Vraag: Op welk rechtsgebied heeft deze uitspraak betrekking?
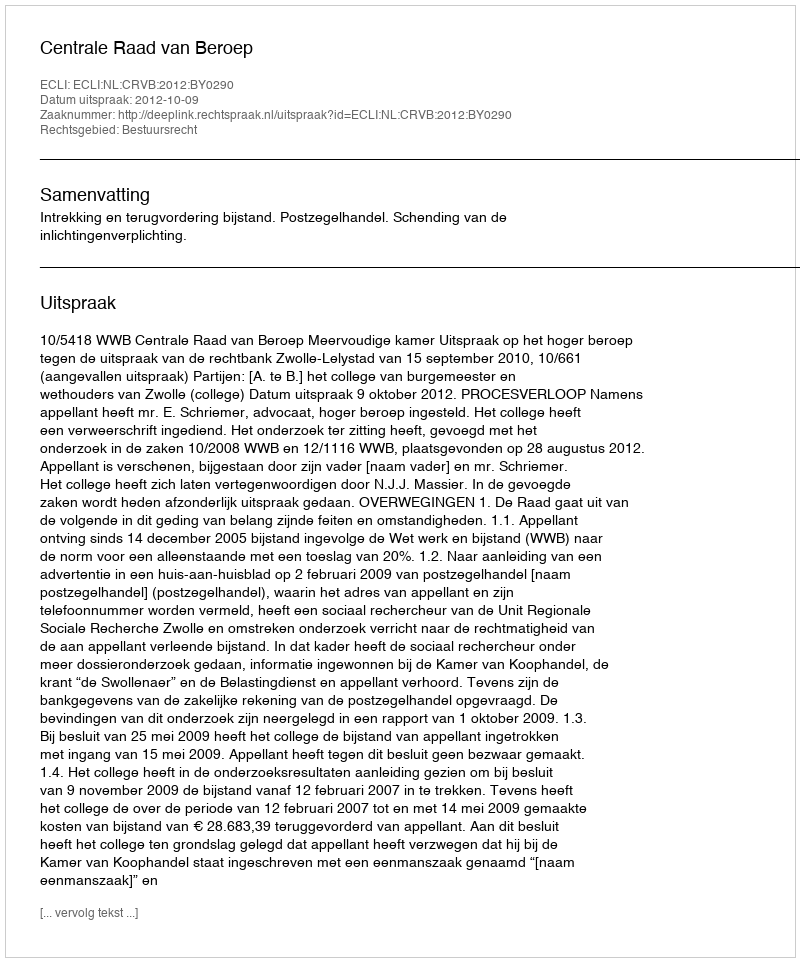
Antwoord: Bestuursrecht